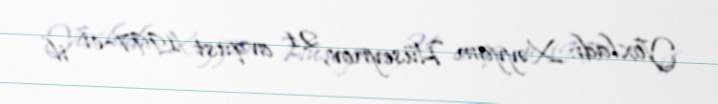
Yoxladı: Xəyyam Hüseynov, 21 avqust 1997-ci il